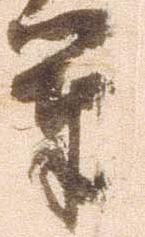
軍